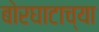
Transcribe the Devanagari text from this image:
बोरघाटाच्या